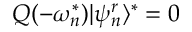
Q ( - \omega _ { n } ^ { * } ) | \psi _ { n } ^ { r } \rangle ^ { * } = 0